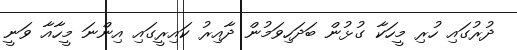
ދުރުގައި ހުރި މީހަކާ ގުޅުން ބަދަހިވަމުން ދާއިރު ކައިރީގައި އިންނަ މީހާއާ ވަނީ